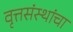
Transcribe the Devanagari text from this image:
वृत्तसंस्थांचा